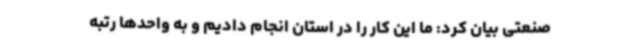
صنعتی بیان کرد: ما این کار را در استان انجام دادیم و به واحدها رتبه